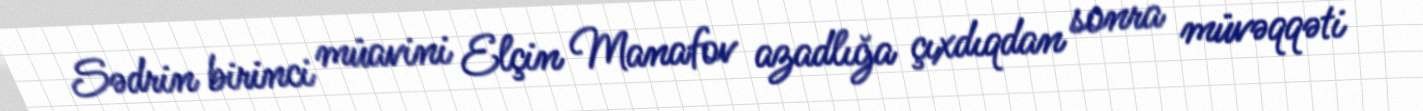
Sədrin birinci müavini Elçin Manafov azadlığa çıxdıqdan sonra müvəqqəti